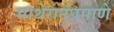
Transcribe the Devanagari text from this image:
माथेरानप्रमाणे